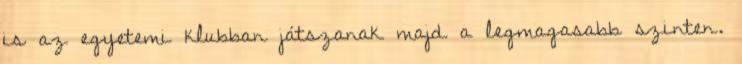
is az egyetemi klubban játszanak majd a legmagasabb szinten.